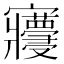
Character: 𡬓